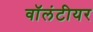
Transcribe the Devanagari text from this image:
वॉलंटीयर